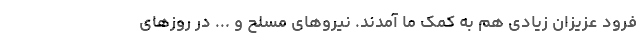
فرود عزیزان زیادی هم به کمک ما آمدند. نیروهای مسلح و ... در روزهای